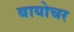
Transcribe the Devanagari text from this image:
बायोचर